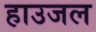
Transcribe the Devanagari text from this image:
हाउजल